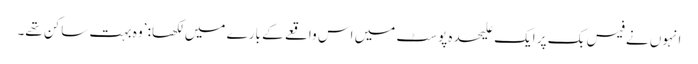
انہوں نے فیس بک پر ایک علیحدہ پوسٹ میں اس واقعے کے بارے میں لکھا: ’وہ بہت ساکن تھے۔